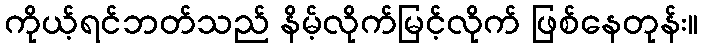
ကိုယ့်ရင်ဘတ်သည် နိမ့်လိုက်မြင့်လိုက် ဖြစ်နေတုန်း။